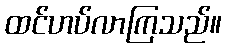
ထင်ဟပ်လာကြသည်။